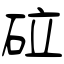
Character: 砬